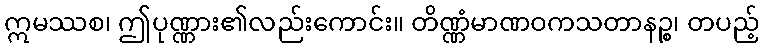
ဣမဿစ၊ ဤပုဏ္ဏား၏လည်းကောင်း။ တိဏ္ဏံမာဏဝကသတာနဉ္စ၊ တပည့်